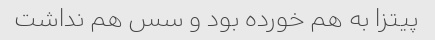
پیتزا به هم خورده بود و سس هم نداشت